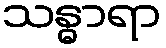
သန္ဓာရာ